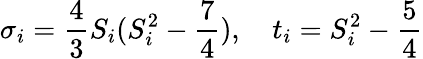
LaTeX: {\sigma}_{i}={\frac{4}{3}}S_{i}(S_{i}^{2}-{\frac{7}{4}}),\quad t_{i}=S_{i}^{2}-{\frac{5}{4}}